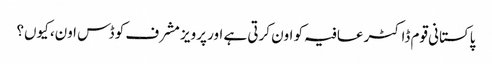
پاکستانی قوم ڈاکٹر عافیہ کو اون کرتی ہے اور پرویز مشرف کو ڈس اون، کیوں؟